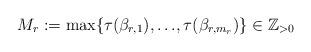
LaTeX: \begin{align*}M_r:=\max\{{\tau}(\beta_{r,1}),{\dots},{\tau}(\beta_{r,m_r})\}\in\mathbb{Z}_{>0}\end{align*}